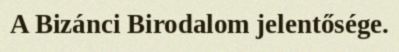
A Bizánci Birodalom jelentősége.